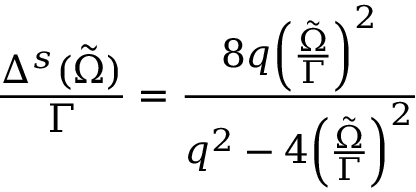
\frac { \Delta ^ { s } ( \tilde { \Omega } ) } { Γ } = \frac { 8 q { \left( \frac { \tilde { \Omega } } { Γ } \right) } ^ { 2 } } { q ^ { 2 } - 4 { \left( \frac { \tilde { \Omega } } { Γ } \right) } ^ { 2 } }